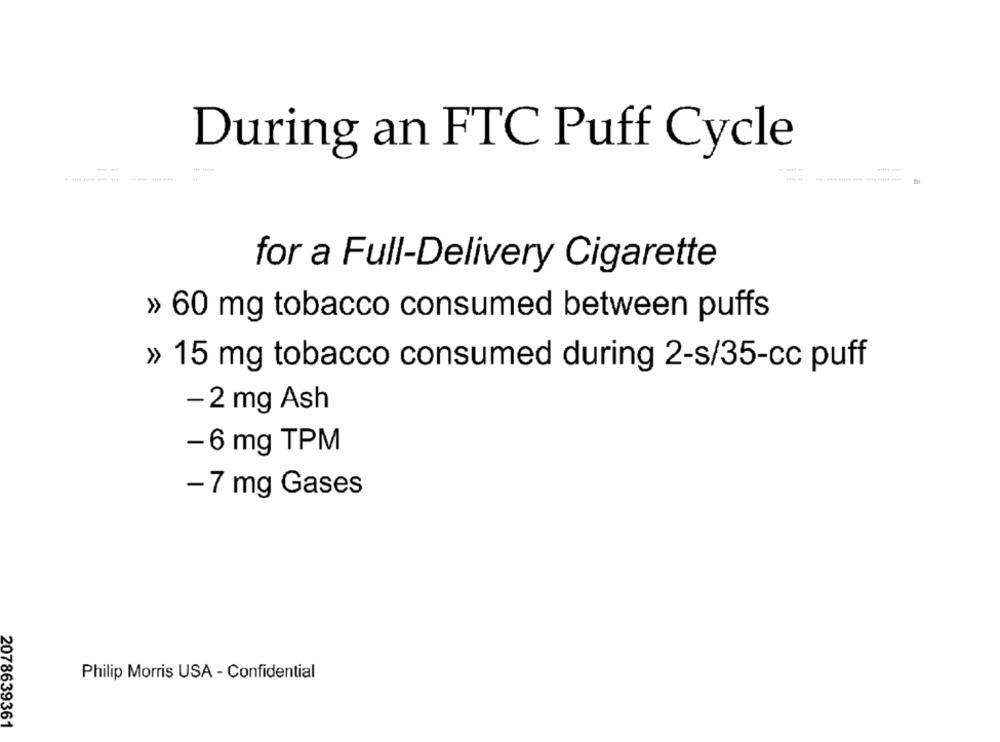
During an FTC Puff Cycle
for a Full-Delivery Cigarette
» 60 mg tobacco consumed between puffs
» 15 mg tobacco consumed during 2-s/35-cc puff
- 2 mg Ash
-6 mg TPM
- 7 mg Gases
Philip Morris USA - Confidential
2078639361